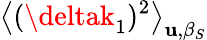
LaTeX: \big<(\deltak_{1})^{2}\big>_{\mathbf{u},\beta_{S}}